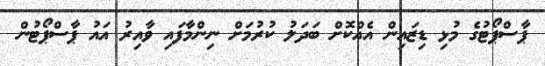
ޕާސްޕޯޓުގެ މުޅި ޑިޒައިން އެއްކޮށް ބަދަލު ކުރުމަށް ނިންމާފައި ވާއިރު އައު ޕާސްޕޯޓުން